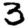
Digit: 3